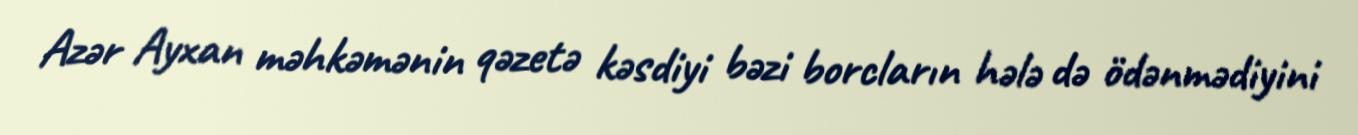
Azər Ayxan məhkəmənin qəzetə kəsdiyi bəzi borcların hələ də ödənmədiyini